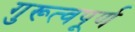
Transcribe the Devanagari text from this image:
गुरूत्वपूर्ण